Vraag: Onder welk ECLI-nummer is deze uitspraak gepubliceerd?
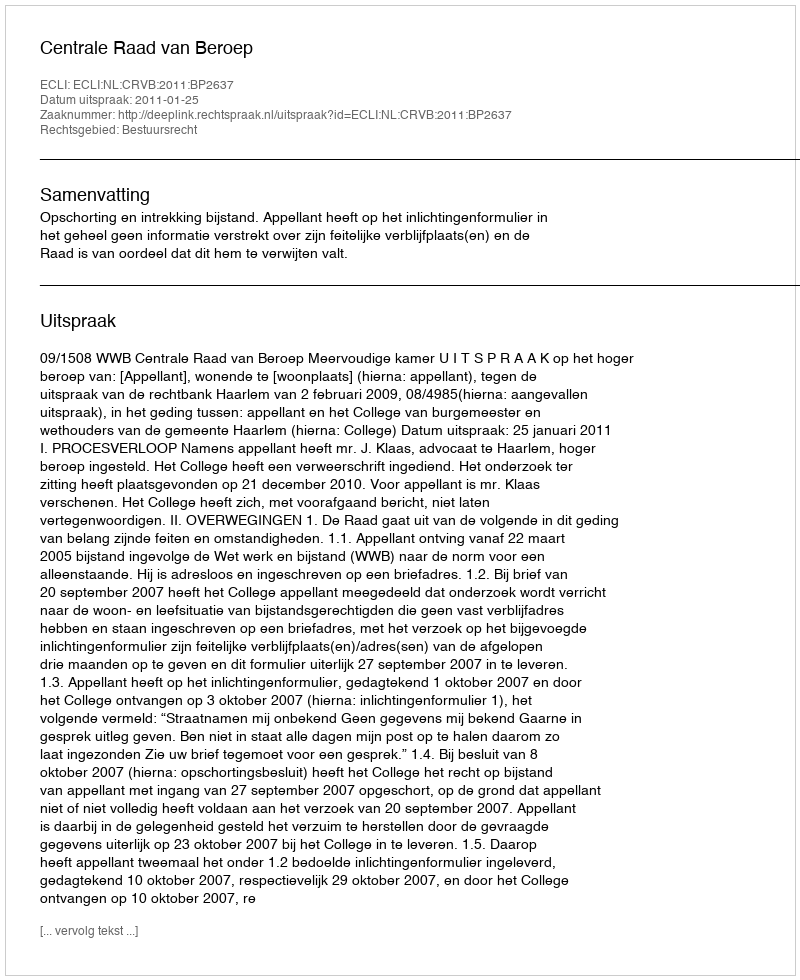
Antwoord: ECLI:NL:CRVB:2011:BP2637